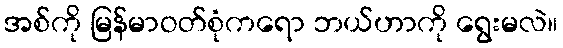
အစ်ကို မြန်မာဝတ်စုံကရော ဘယ်ဟာကို ရွေးမလဲ။